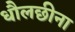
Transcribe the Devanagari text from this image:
धौलछीना